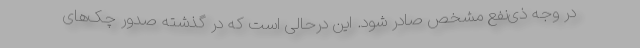
در وجه ذی‌نفع مشخص صادر شود. این درحالی است که در گذشته صدور چک‌های